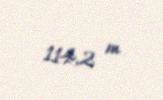
114,2 m